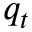
q _ { t }